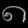
Digit: ၈